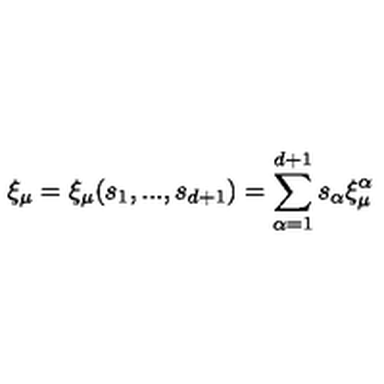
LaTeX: \xi _ { \mu } = \xi _ { \mu } ( s _ { 1 } , . . . , s _ { d + 1 } ) = \sum _ { \alpha = 1 } ^ { d + 1 } s _ { \alpha } \xi _ { \mu } ^ { \alpha }